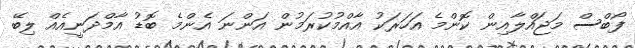
ފޯބްސް މަޖައްލާއިން ކޮންމެ އަހަރަކު އާއްމުކުރަމުން އަންނަ އެންމެ ބޮޑު އާމްދަނީއެއް ލިބޭ